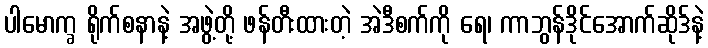
ပါမောက္ခ ရိုက်စနာနဲ့ အဖွဲ့တို့ ဖန်တီးထားတဲ့ အဲဒီစက်ကို ရေ၊ ကာဘွန်ဒိုင်အောက်ဆိုဒ်နဲ့